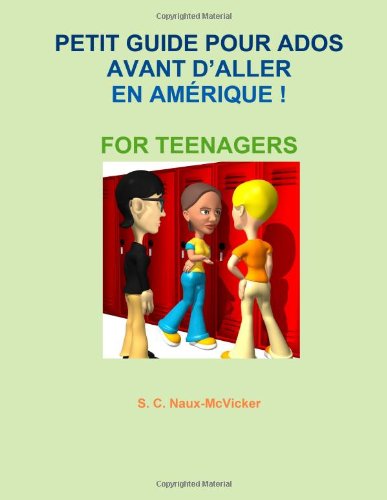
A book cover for Petit Guide Pour Ados Avant d'Aller en AmÃ©rique ! For Teenagers (French Edition); S C Naux-McVicker; Teen & Young Adult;